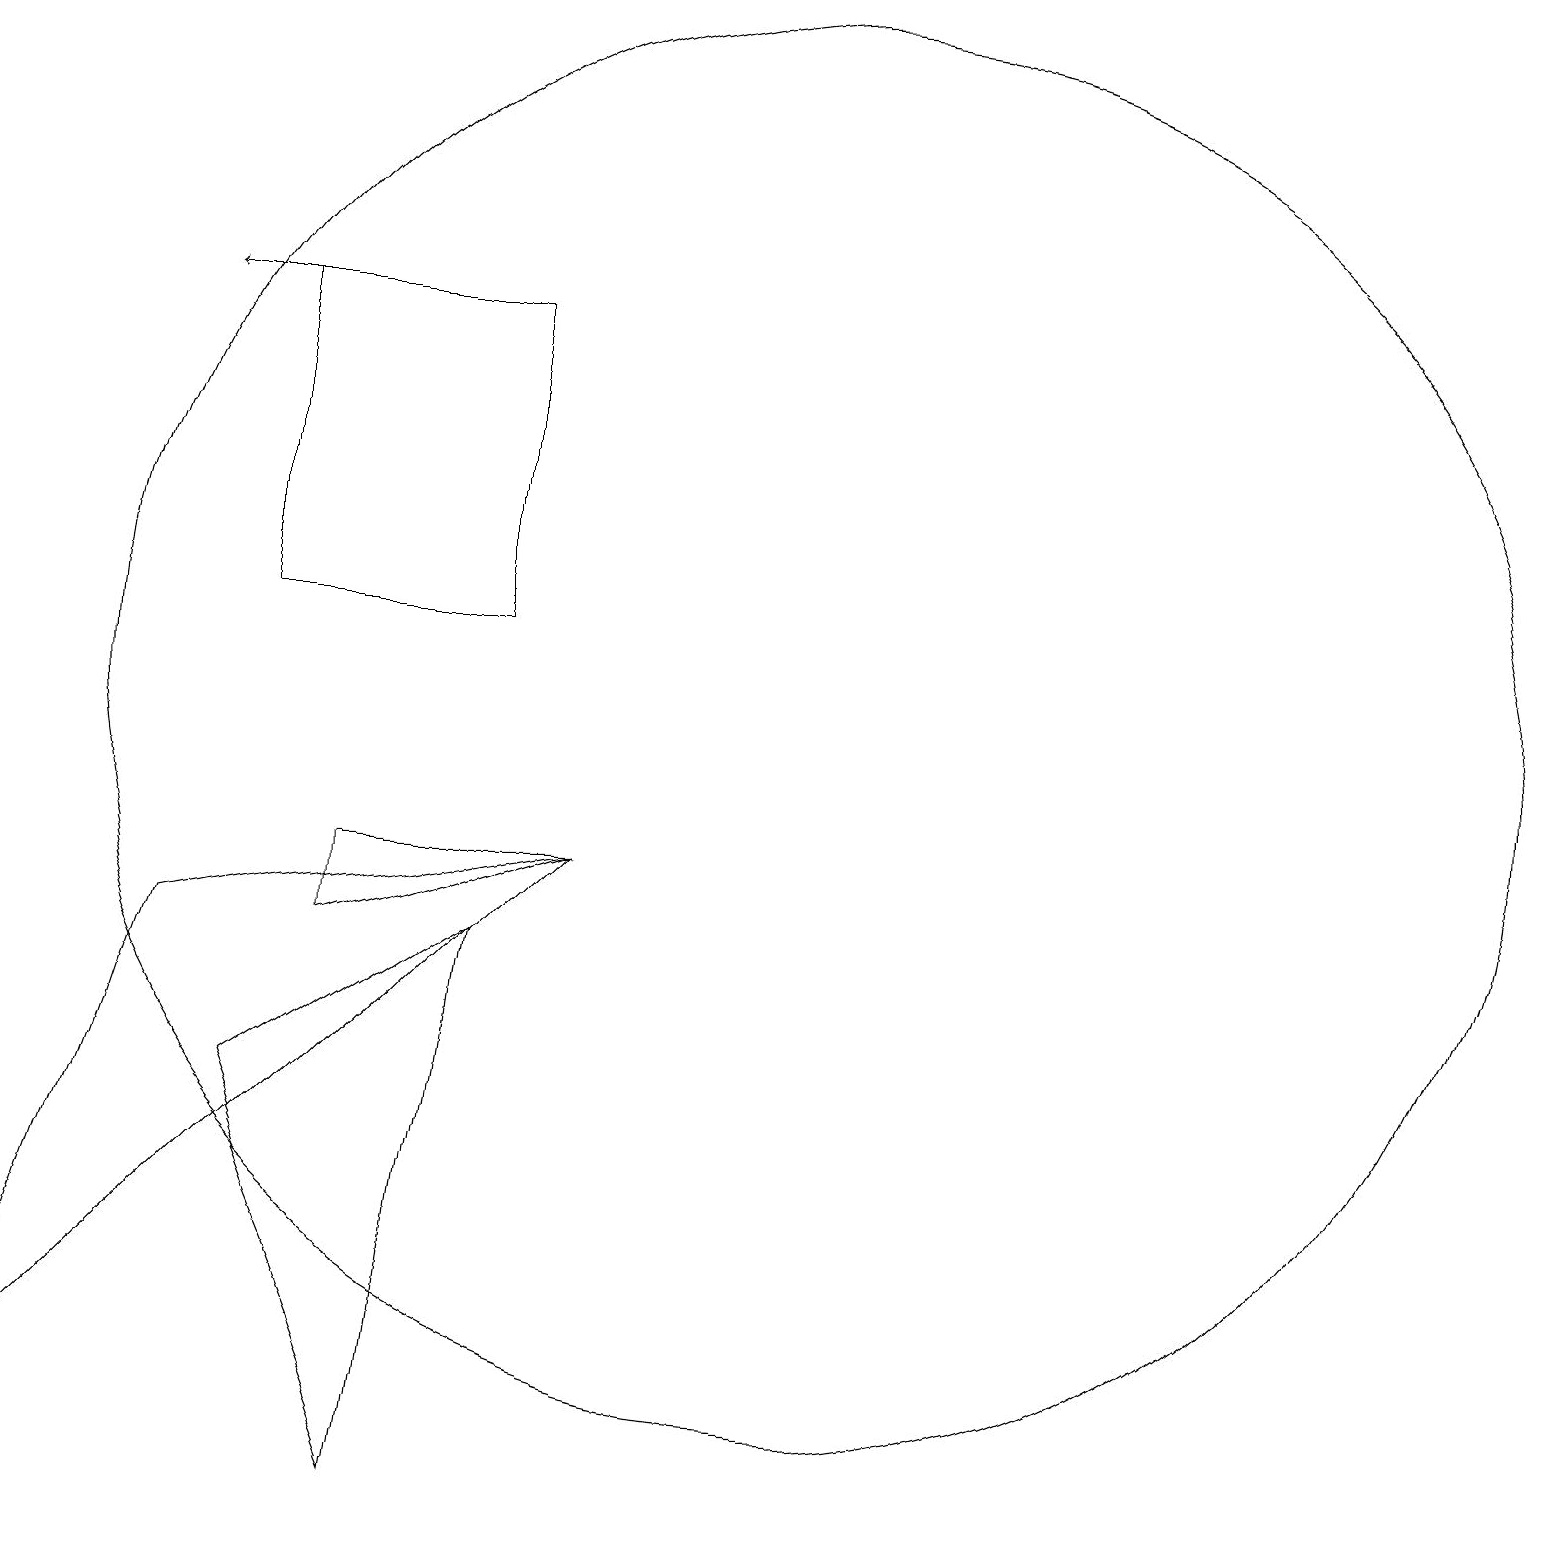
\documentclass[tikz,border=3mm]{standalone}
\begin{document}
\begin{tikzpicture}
\draw (2,8) -- (7,9) -- (0,2) -- cycle;
\draw (10,11) circle (9);
\draw[->] (3,16) -- (2,16);
\draw (7,9) -- (4,9) -- (4,8) -- cycle;
\draw (6,12) rectangle (3,16);
\draw (3,6) -- (6,8) -- (5,1) -- cycle;
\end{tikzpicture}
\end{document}